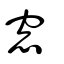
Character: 牎